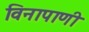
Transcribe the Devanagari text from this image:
विनापाणी